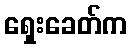
ရှေးခေတ်က